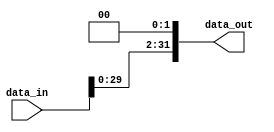
`timescale 1ns / 1ps

// shift left by 2
module shift_left(
input [31:0] data_in,
output [31:0] data_out
);
assign data_out[31:0]=data_in[31:0]<<2;

endmodule